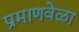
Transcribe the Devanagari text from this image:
प्रमाणवेळा